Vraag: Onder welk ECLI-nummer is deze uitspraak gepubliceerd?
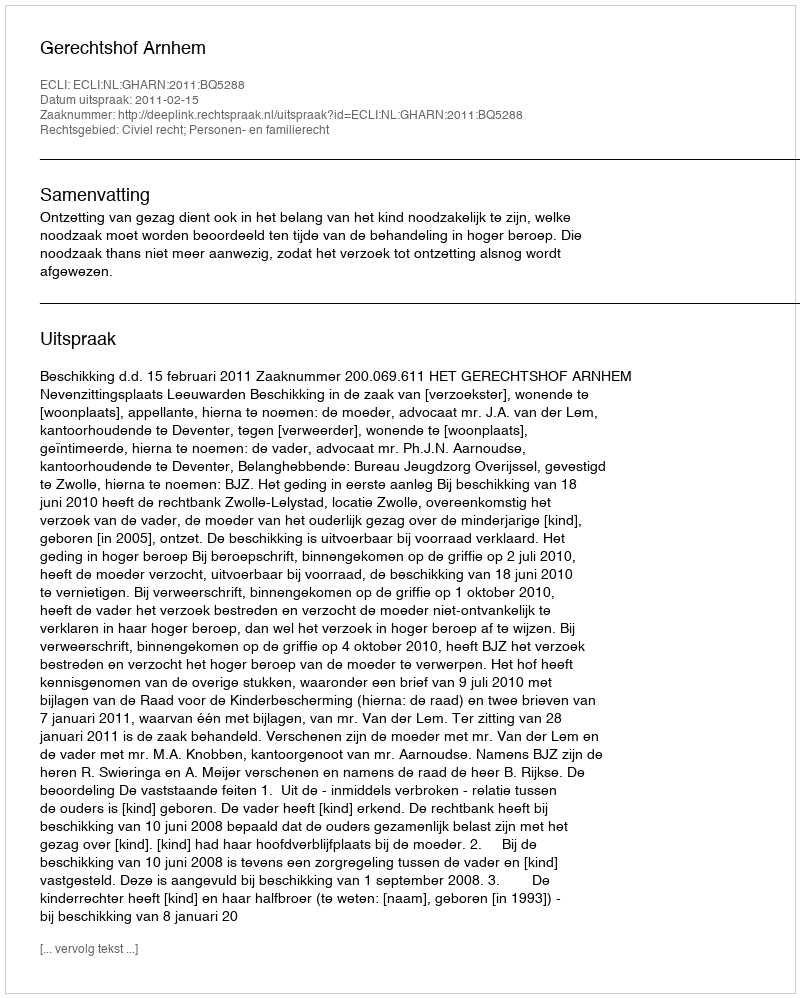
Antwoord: ECLI:NL:GHARN:2011:BQ5288